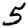
Digit: 5